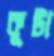
কুটা